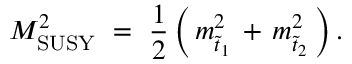
M _ { \mathrm { S U S Y } } ^ { 2 } \ = \ \frac { 1 } { 2 } \, \Big ( \, m _ { \tilde { t } _ { 1 } } ^ { 2 } \, + \, m _ { \tilde { t } _ { 2 } } ^ { 2 } \, \Big ) \, .